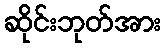
ဆိုင်းဘုတ်အား